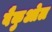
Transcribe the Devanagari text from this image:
वैकुओल